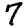
Digit: 7